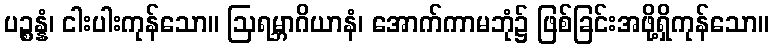
ပဉ္စန္နံ၊ ငါးပါးကုန်သော။ ဩရမ္ဘာဂိယာနံ၊ အောက်ကာမဘုံ၌ ဖြစ်ခြင်းအဖို့ရှိကုန်သော။